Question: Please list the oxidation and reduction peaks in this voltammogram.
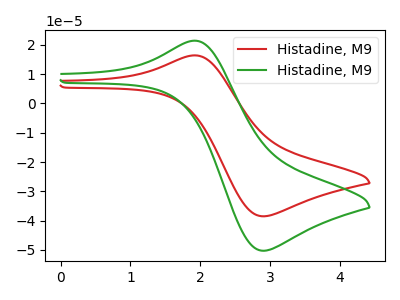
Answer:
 <answer>The red curve "Histadine, M91" has an anodic peak at (1.95V, 16.40uA) and a cathodic peak at (2.90V, -38.50uA). The green curve "Histadine, M92" has an anodic peak at (1.95V, 21.45uA) and a cathodic peak at (2.90V, -50.30uA).</answer>
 <eval></eval>